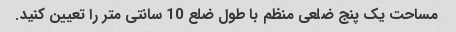
مساحت یک پنج ضلعی منظم با طول ضلع 10 سانتی متر را تعیین کنید.